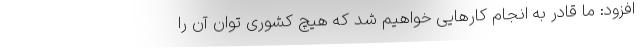
افزود: ما قادر به انجام کارهایی خواهیم شد که هیچ کشوری توان آن را